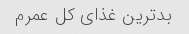
بد‌ترین غذای کل عمرم